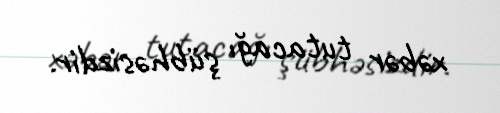
xəbər tutacağı şübhəsizdir.